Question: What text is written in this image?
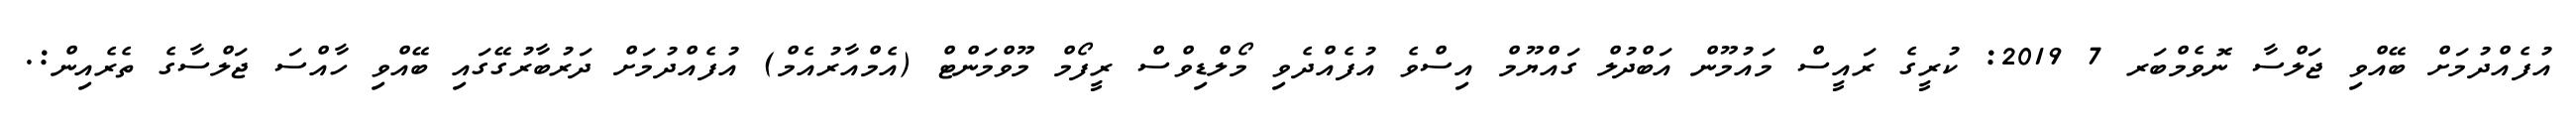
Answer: އުފެއްދުމަށް ބޭއްވި ޖަލްސާ ނޮވެމްބަރ 7 2019: ކުރީގެ ރައީސް މައުމޫން އަބްދުލް ގައްޔޫމް އިސްވެ އުފެއްދެވި މޯލްޑިވްސް ރީފޯމް މޫވްމަންޓް (އެމްއާރުއެމް) އުފެއްދުމަށް ދަރުބާރުގޭގައި ބޭއްވި ހާއްސަ ޖަލްސާގެ ތެރެއިން:.